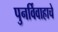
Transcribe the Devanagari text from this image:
पुनर्विवाहाचे